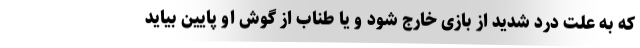
که به علت درد شدید از بازی خارج شود و یا طناب از گوش او پایین بیاید